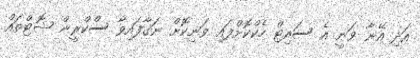
އަދި އޭނާ ވަނީ އެ ސައިޓް ހެކްކޮށްފައި ވަނިކޮށް ނަގާފައިވާ ސްކްރީން ޝޮޓްތައް